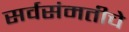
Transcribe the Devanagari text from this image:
सर्वसंमतीचे